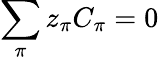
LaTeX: \sum_{\pi}z_{\pi}C_{\pi}=0